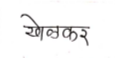
मजकूर: खेळकर